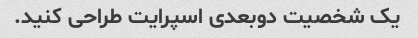
یک شخصیت دوبعدی اسپرایت طراحی کنید.